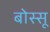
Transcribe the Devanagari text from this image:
बोस्सू